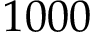
1 0 0 0